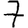
Digit: 7